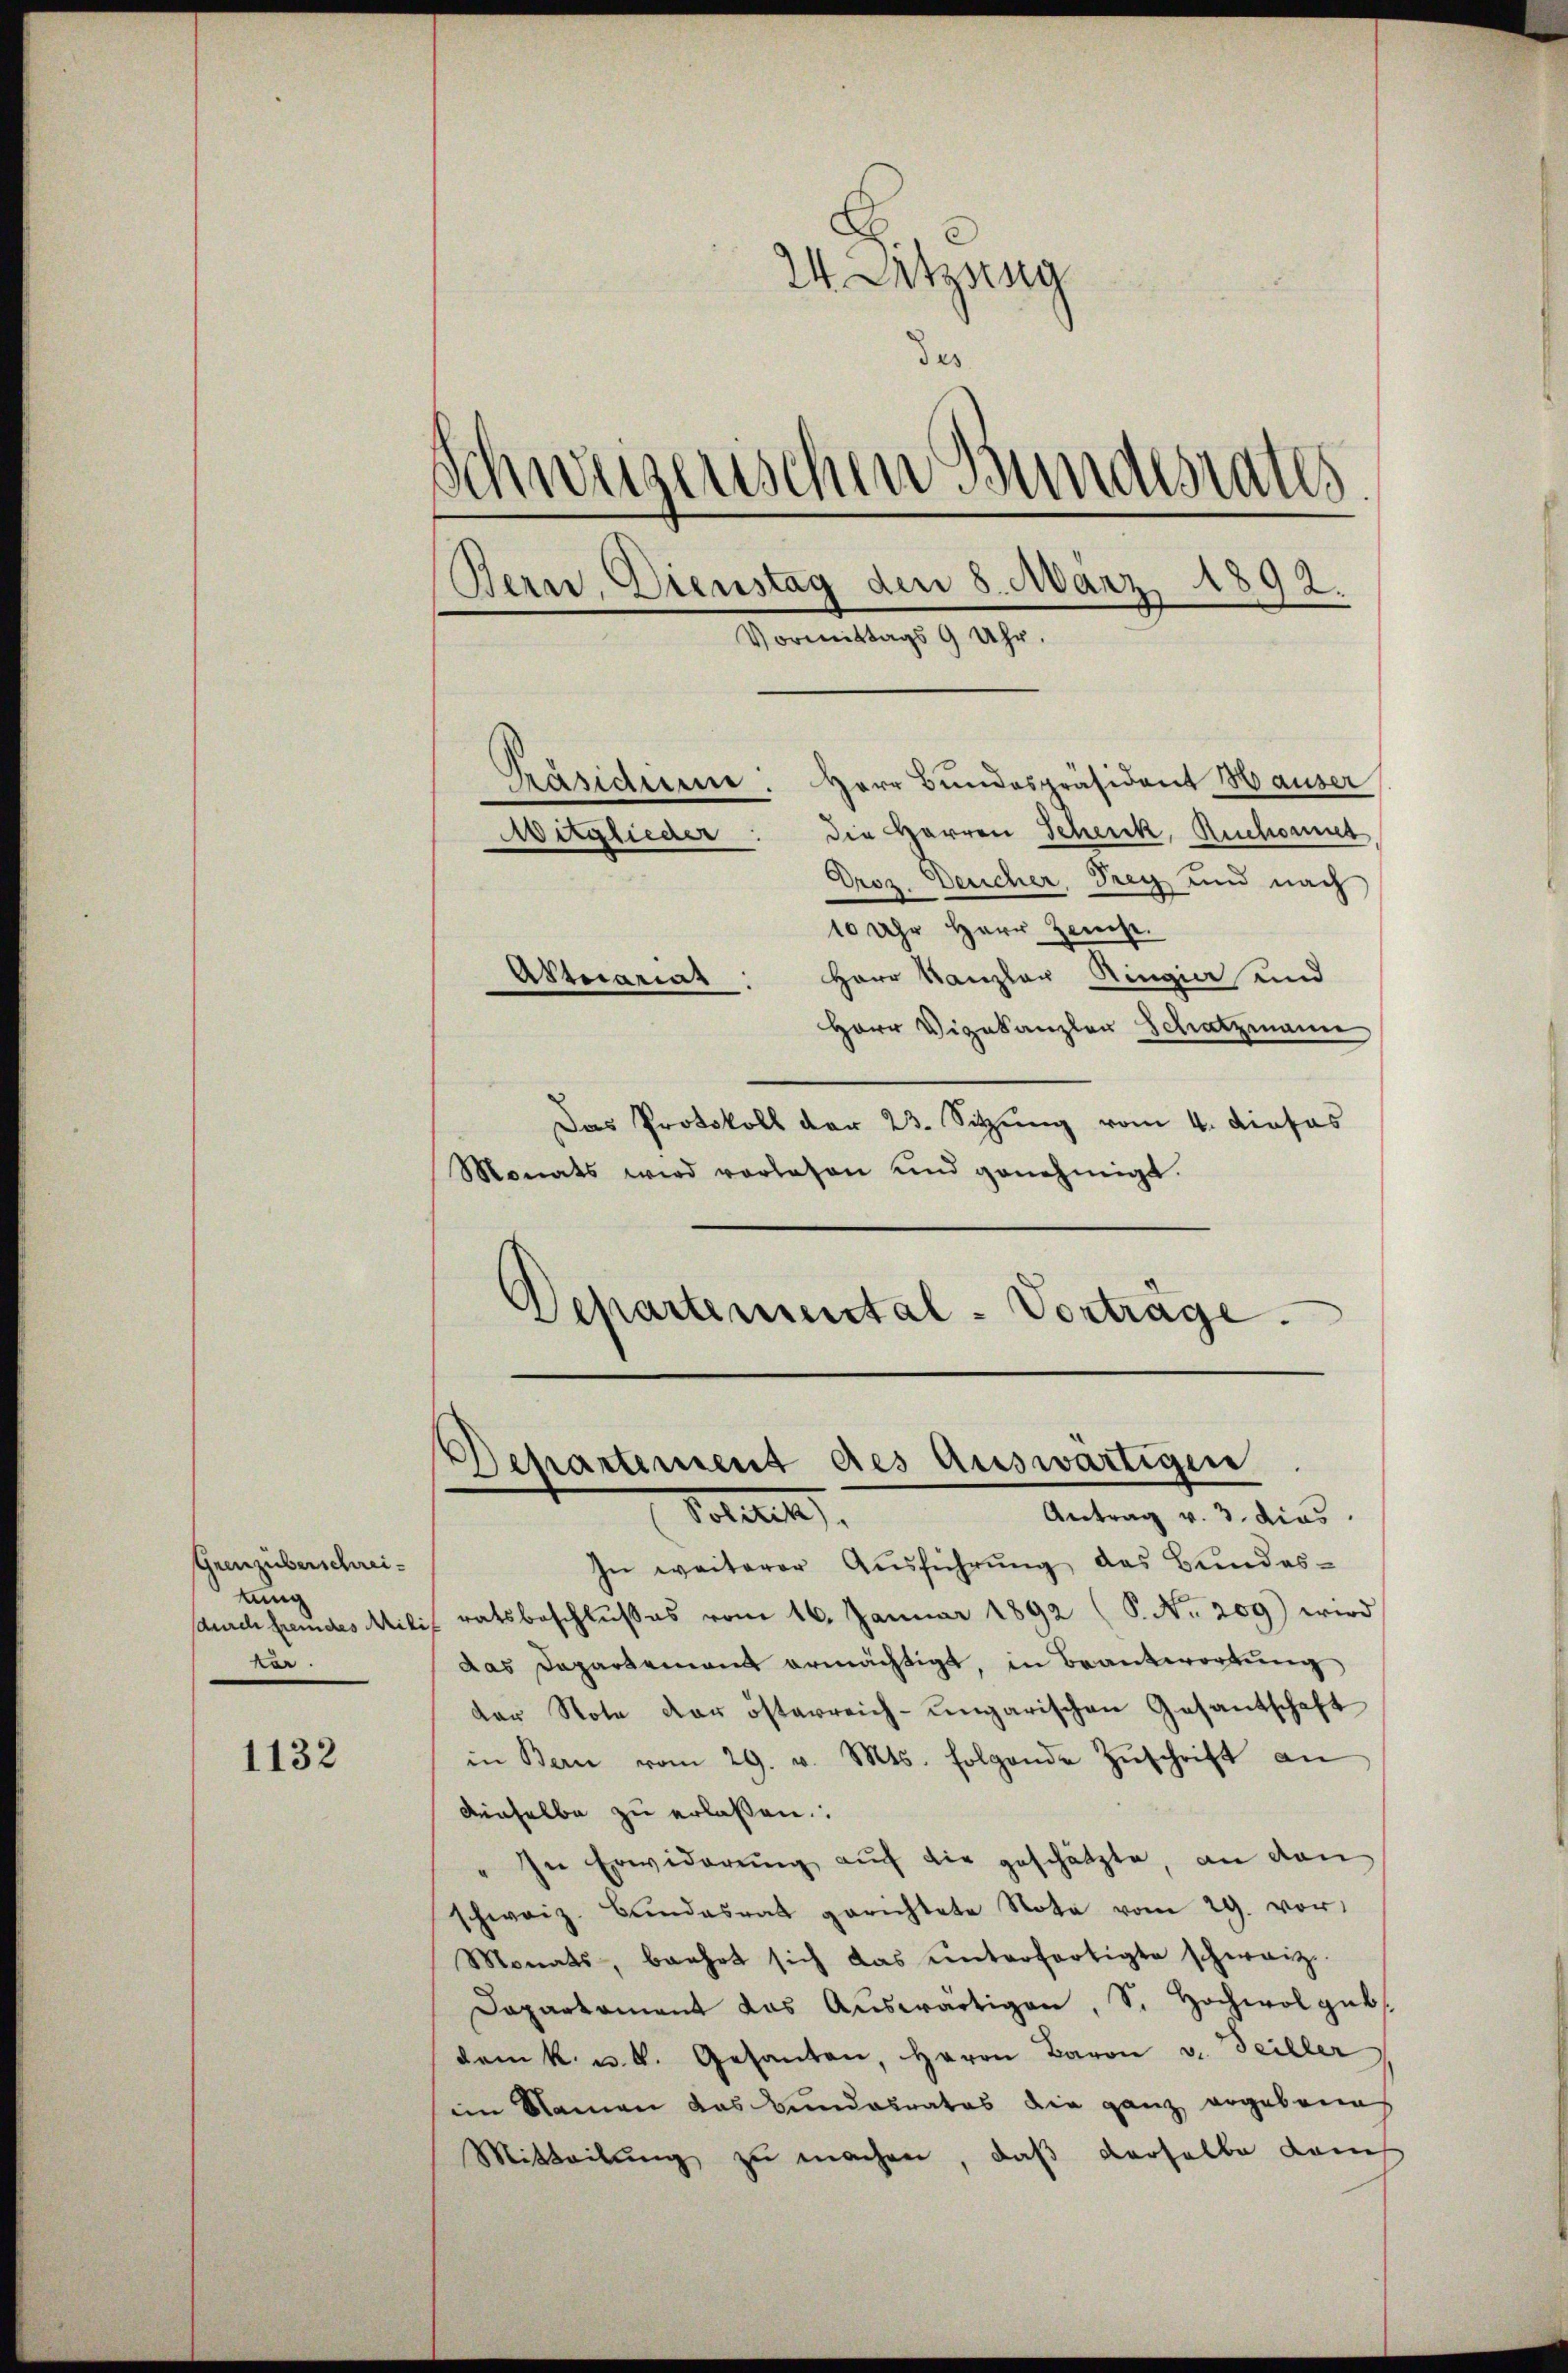
Grenzuberschreitung
kar.

1132

Oroz. Deucher, Frey und nach
10 Uhr Herr Zweise.
Herr Kanzler Ringier und
Attuariat
Herr Vizekanzler Schatzmann
Das Protokoll der 23. Sitzung vom 4. dieses
Monats wird vorlesen und genehmigt.
Departemental-Vorträge.

24. Sitzung
der
Schweizerischen Bundesrates.
Bern, Dienstag den 8. März 1892.
Vormittags 9 Uhr.
Präsidene. Herr Bundespräsident Hauser
die Herren Schenk, Ruchomet
Aitglieder:

Departement des Auswärtigen
Petitel,
Antrag v. 3. dies

In weiterer Ausführung, das Bundessdurch fremdes Miliz ratsbeschlußes vom 16. Januar 1892 (S. Nr. 209) wird
das Departement ermächtigt, in Beantwortung
der Note der österreich-ungarischen Gesantschaft
in Bern vom 29. v. Mts. folgende Zŭschrift an
denselbe zu erlaßen.
" In Erwiderŭng auf die geschätzte, an den
schweiz. Bŭndesrat gerichtete Note vom 29. vor.
Monats-, baahrt sich das ŭnterfertigte schweiz.
Dapartament das Auswärtigen, S. Hochwol geb.
dem k. u. k. Gesanten, Herrn Baron v. Teiller
im Namen das Bundesrates die ganz ergebenes
Mitteilŭng zŭ machen, daβ derselbe dam